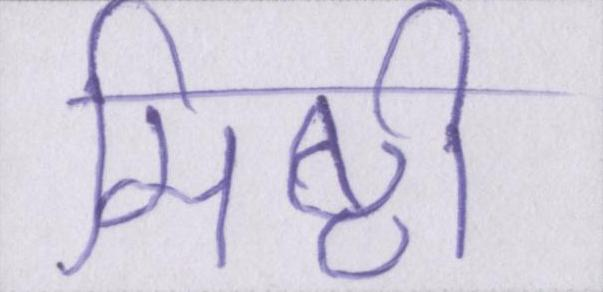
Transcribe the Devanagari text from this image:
मिष्ठी